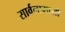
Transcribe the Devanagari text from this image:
सार्वनामाशी